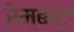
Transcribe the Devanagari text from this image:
रेम्बर्ट